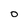
Character: O